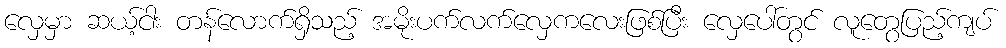
လှေမှာ ဆယ့်ငါး တန်လောက်ရှိသည့် အမိုးပက်လက်လှေကလေးဖြစ်ပြီး လှေပေါ်တွင် လူတွေပြည့်ကျပ်